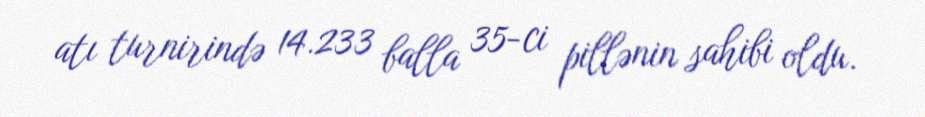
atı turnirində 14.233 balla 35-ci pillənin sahibi oldu.